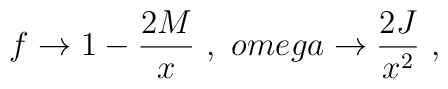
f \rightarrow 1 - \frac{2 M}{x} \ , \ \ \\omega \rightarrow \frac{2 J}{x^2}\ ,